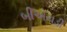
બીએચડી